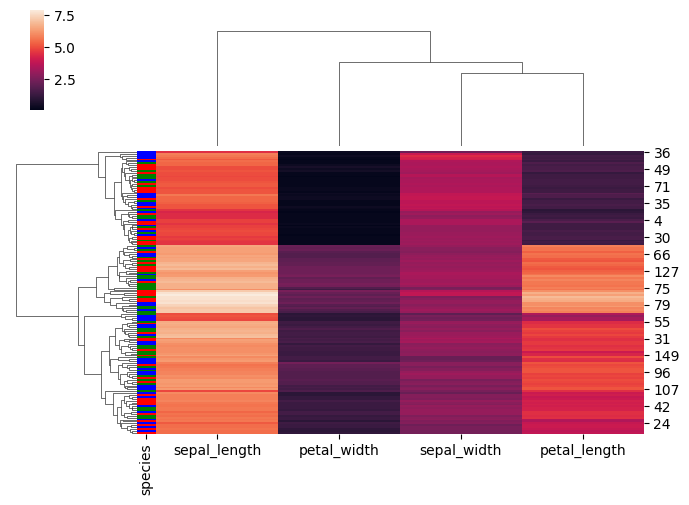
python, seaborn, clustermap, figsize=(7, 5), row_cluster=True, dendrogram_ratio=(0.2, 0.3), cbar_pos=(0.05, 0.8, 0.02, 0.2)